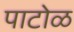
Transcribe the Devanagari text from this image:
पाटोळ